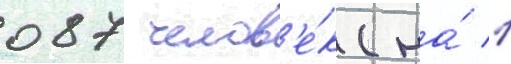
087 челов'е́к (на́ 1